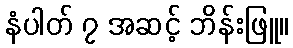
နံပါတ် ၇ အဆင့် ဘိန်းဖြူ။